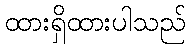
ထားရှိထားပါသည်